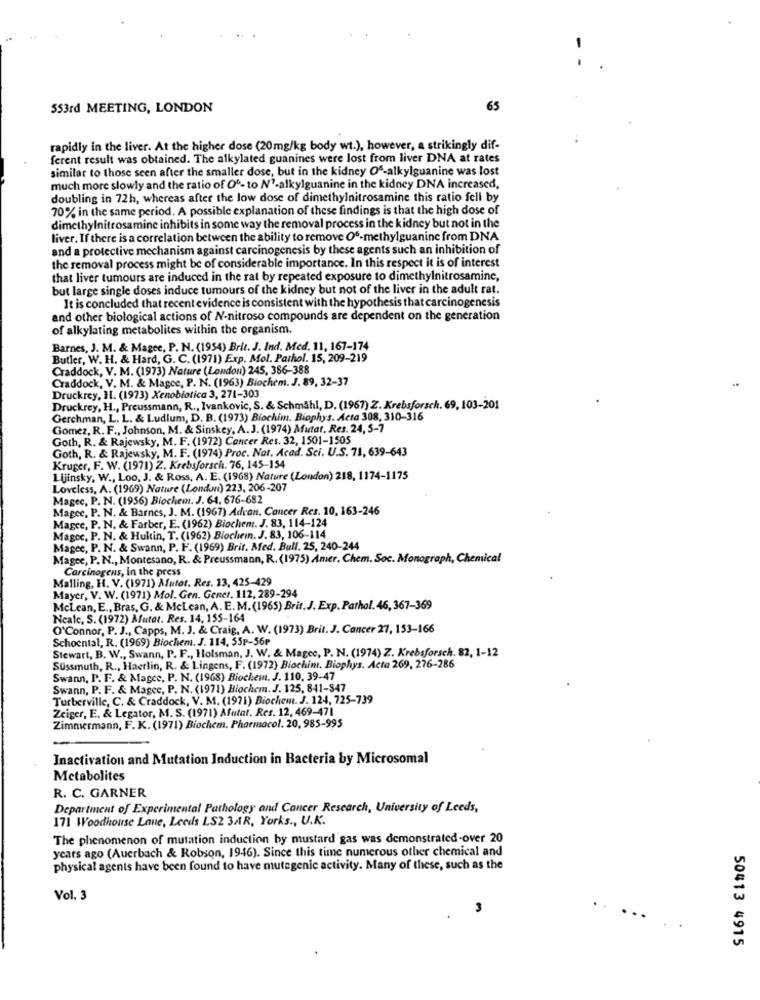
553rd MEETING, LONDON
65
rapidly in the liver. At the higher dose (20mg/kg body wt.), however, a strikingly dif-
ferent result was obtained. The alkylated guanines were lost from liver DNA at rates
similar to those seen after the smaller dose, but in the kidney Of-alkylguanine was lost
much more slowly and the ratio of 0º- to N'-alkylguanine in the kidney DNA increased,
doubling in 72h, whereas after the low dose of dimethylnitrosamine this ratio fell by
70% in the same period. A possible explanation of these findings is that the high dose of
dimethylnitrosamine inhibits in some way the removal process in the kidney but not in the
liver. If there is a correlation between the ability to remove 06-methylguanine from DNA
and a protective mechanism against carcinogenesis by these agents such an inhibition of
the removal process might be of considerable importance. In this respect it is of interest
that liver tumours are induced in the rat by repeated exposure to dimethylnitrosamine,
but large single doses induce tumours of the kidney but not of the liver in the adult rat.
It is concluded that recent evidence is consistent with the hypothesis that carcinogenesis
and other biological actions of N-nitroso compounds are dependent on the generation
of alkylating metabolites within the organism.
Barnes, J. M. & Magee, P. N. (1954) Brit. J. Ind. Med. 11, 167-174
Butler, W. H. & Hard, G. C. (1971) Exp. Mol. Pathol. 15, 209-219
Craddock, V. M. (1973) Nature (London) 245, 386-388
Craddock, V. M. & Magce, P. N. (1963) Biochem. J. 89, 32-37
Druckrey, 11. (1973) Xenobiotica 3, 271-303
Druckrey, H ., Preussmann, R ., Ivankovic, S. & Schmähl, D. (1967) Z. Krebsforsch. 69, 103-201
Gerchman, L. L. & Ludlum, D. B. (1973) Biochim. Biophys. Acta 308, 310-316
Gomez, R. F ., Johnson, M. & Sinskey, A.J. (1974) Mutat. Res. 24, 5-7
Goth, R. & Rajewsky, M. F. (1972) Cancer Res. 32, 1501-1505
Goth, R. & Rajewsky, M. F. (1974) Proc. Not. Acad. Sci. U.S. 71, 639-643
Kruger, F. W. (1971) Z. Krebsforsch. 76, 145-154
Lijinsky, W ., Loo, J. & Ross, A. E. (1968) Nature (London) 218, 1174-1175
Loveless, A. (1969) Nature (London) 223, 206-207
Magec, P. N. (1956) Biochem. J. 64. 676-682
Magee, P. N. & Barnes, J. M. (1967) Advan. Cancer Res. 10, 163-246
Magcc, P. N. & Farber, E. (1962) Biochem. J. 83, 114-124
Magec, P. N. & Hultin, T. (1962) Biochemn. J. 83, 106-114
Magee, P. N. & Swann, P. F. (1969) Brit. Med. Bull. 25, 240-244
Magee, P.N ., Montesano, R. & Preussmann, R. (1975) Amer. Chem. Soc. Monograph, Chemical
Carcinogens, in the press
Malling, H. V. (1971) Mutat. Res. 13, 425-429
Mayer, V. W. (1971) Mol. Gen. Gener. 112, 289-294
McLean, E ., Bras, G. & McLean, A. E. M. (1965) Brit. J. Exp. Pathol. 46, 367-369
Ncalc, S. (1972) Mutat. Res. 14, 155-164
O'Connor, P. J ., Capps, M. J. & Craig, A. W. (1973) Brit. J. Cancer 27, 153-166
Schoental, R. (1969) Biochem. J. 114, 35p-56₽
Stewart, B. W ., Swann, P. F ., Holsman, J. W. & Magee, P. N. (1974) Z. Krebsforsch. 82, 1-12
Süssmuth, R ., Haerlin, R. & Lingens, F. (1972) Biochimi. Biophys. Acta 269, 276-286
Swann, P. F. & Magce, P. N. (1968) Biochem. J. 110, 39-47
Swann, P. F. & Magee, P. N. (1971) Biochem. J. 125, 841-847
Turberville, C. & Craddock, V. M. (1971) Biochem. J. 124, 725-739
Zeiger, E. & Legator, M. S. (1971) Afatal, Res. 12, 469-471
Zimmermann, F.K. (1971) Biochem. Pharmacol. 20, 985-995
Inactivation and Mutation Induction in Bacteria by Microsomal
Metabolites
R. C. GARNER
Department of Experimental Pathology and Cancer Research, University of Leeds,
171 Woodhouse Laue, Leeds LS2 3AR, Yorks ., U.K.
The phenomenon of mutation induction by mustard gas was demonstrated-over 20
years ago (Auerbach & Robson, 1946). Since this time numerous other chemical and
physical agents have been found to have mutagenic activity. Many of these, such as the
Vol. 3
3
50413 4915